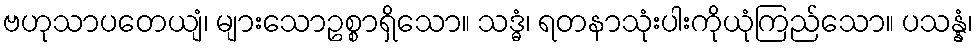
ဗဟုသာပတေယျံ၊ များသောဥစ္စာရှိသော။ သဒ္ဓံ၊ ရတနာသုံးပါးကိုယုံကြည်သော။ ပသန္နံ၊